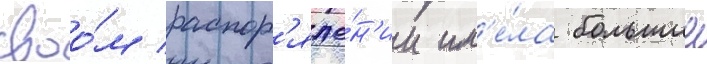
своо́м распор'яже́н'ии им'е́ла большие